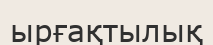
ырғақтылық